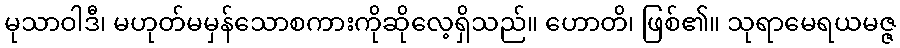
မုသာဝါဒီ၊ မဟုတ်မမှန်သောစကားကိုဆိုလေ့ရှိသည်။ ဟောတိ၊ ဖြစ်၏။ သုရာမေရယမဇ္ဇ